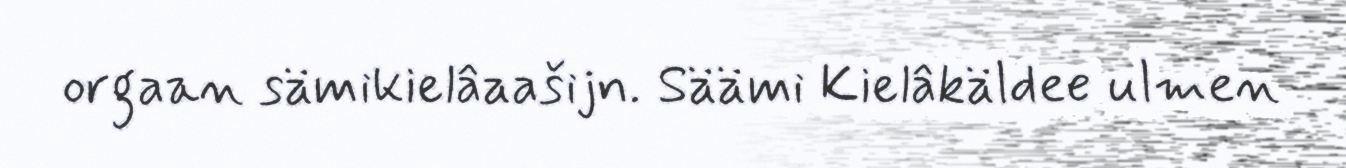
orgaan sämikielâaašijn. Säämi Kielâkäldee ulmen